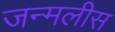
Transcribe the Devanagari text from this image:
जन्मलीस